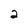
Character: 2